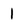
Character: l